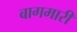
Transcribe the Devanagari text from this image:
बागमारी